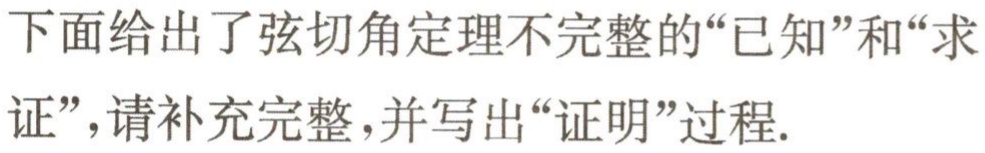
下面给出了弦切角定理不完整的“已知”和“求证”，请补充完整，并写出“证明”过程.